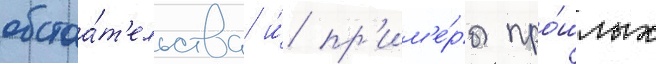
обстоа́т'ельства и́ пр'им'е́ры про́шлых